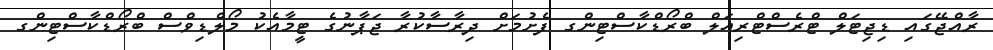
ރާއްޖޭގައި ޑިޖިޓަލް ޓްރެސްޓްރިއަލް ބްރޯޑްކާސްޓިންގ ފެށުމަށް ދިރާސާކުރާ ޖަޕާނުގެ ޓީމާއެކު މޯލްޑިވްސް ބްރޯޑްކާސްޓިންގ